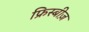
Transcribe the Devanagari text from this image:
फ्रिस्बीज़